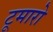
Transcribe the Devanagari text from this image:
टूमारो